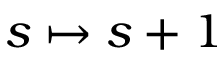
s \mapsto s + 1